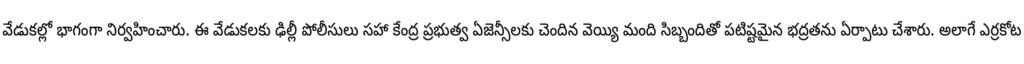
వేడుకల్లో భాగంగా నిర్వహించారు. ఈ వేడుకలకు ఢిల్లీ పోలీసులు సహా కేంద్ర ప్రభుత్వ ఏజెన్సీలకు చెందిన వెయ్యి మంది సిబ్బందితో పటిష్టమైన భద్రతను ఏర్పాటు చేశారు. అలాగే ఎర్రకోట